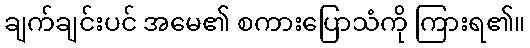
ချက်ချင်းပင် အမေ၏ စကားပြောသံကို ကြားရ၏။